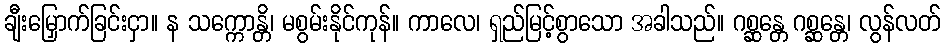
ချီးမြှောက်ခြင်းငှာ။ န သက္ကောန္တိ၊ မစွမ်းနိုင်ကုန်။ ကာလေ၊ ရှည်မြင့်စွာသော အခါသည်။ ဂစ္ဆန္တေ ဂစ္ဆန္တေ၊ လွန်လတ်